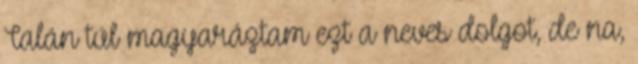
Talán túl magyaráztam ezt a neves dolgot, de na,